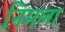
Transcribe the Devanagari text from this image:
निमला